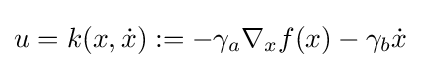
u=k(x,{\dot {x}}):=-\gamma _{a}\nabla _{x}f(x)-\gamma _{b}{\dot {x}}